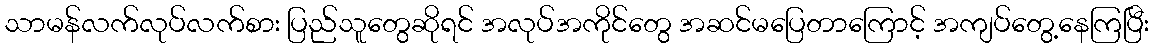
သာမန်လက်လုပ်လက်စား ပြည်သူတွေဆိုရင် အလုပ်အကိုင်တွေ အဆင်မပြေတာကြောင့် အကျပ်တွေ့နေကြပြီး